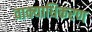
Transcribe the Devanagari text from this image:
वाक्याधिकरण